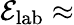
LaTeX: \mathcal{E}_{\mathrm{lab}}\approx